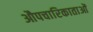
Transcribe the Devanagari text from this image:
औपचारिकाताओं